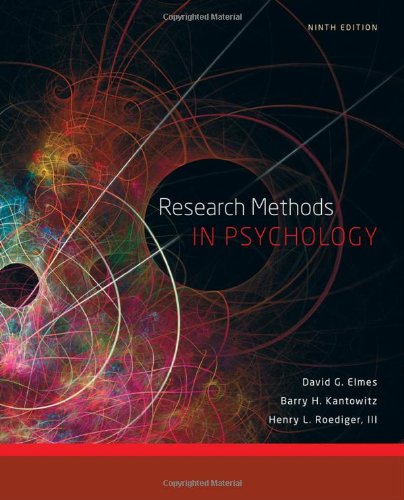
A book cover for Research Methods in Psychology; David G. Elmes; Health, Fitness & Dieting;